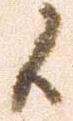
候